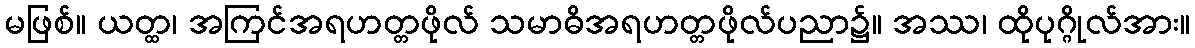
မဖြစ်။ ယတ္ထ၊ အကြင်အရဟတ္တဖိုလ် သမာဓိအရဟတ္တဖိုလ်ပညာ၌။ အဿ၊ ထိုပုဂ္ဂိုလ်အား။